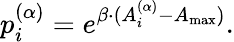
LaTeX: p_{i}^{(\alpha)}=e^{\beta\cdot(A_{i}^{(\alpha)}-A_{\operatorname*{max}})}.